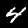
Label: 4